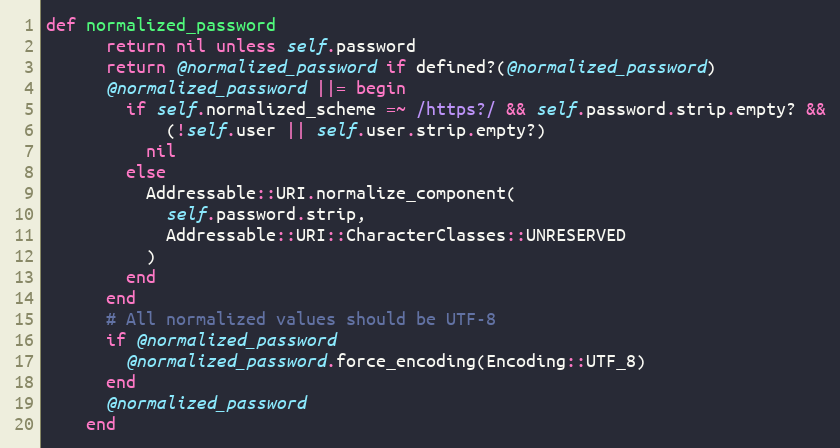
Language: Ruby
def normalized_password
      return nil unless self.password
      return @normalized_password if defined?(@normalized_password)
      @normalized_password ||= begin
        if self.normalized_scheme =~ /https?/ && self.password.strip.empty? &&
            (!self.user || self.user.strip.empty?)
          nil
        else
          Addressable::URI.normalize_component(
            self.password.strip,
            Addressable::URI::CharacterClasses::UNRESERVED
          )
        end
      end
      # All normalized values should be UTF-8
      if @normalized_password
        @normalized_password.force_encoding(Encoding::UTF_8)
      end
      @normalized_password
    end